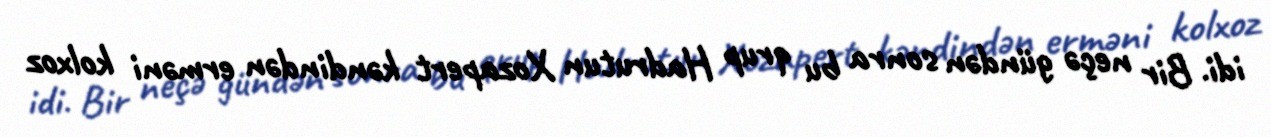
idi. Bir neçə gündən sonra bu qrup Hadrutun Xozapert kəndindən erməni kolxoz